Vaccination in Burma 1889-1999 - 1889-1999
Year: 1889
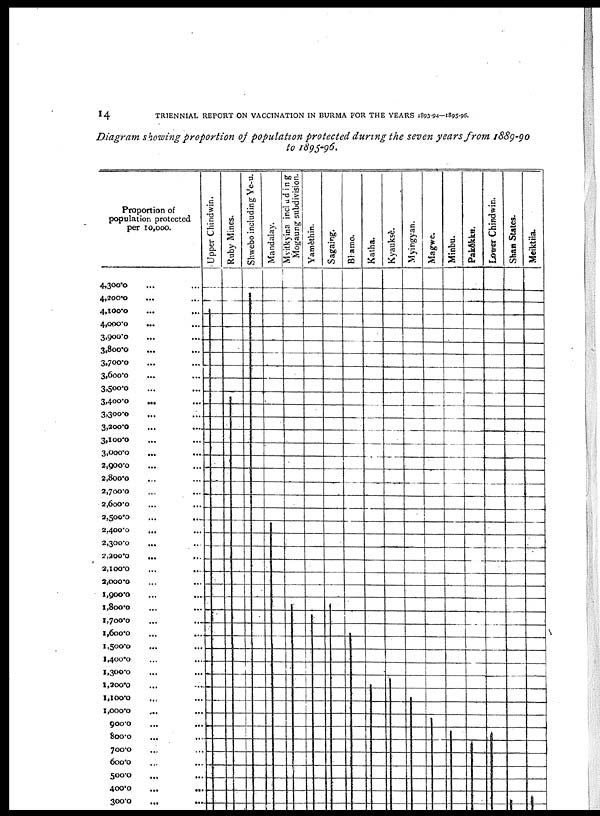
14
TRIENNIAL REPORT ON VACCINATION IN BURMA FOR THE YEARS 1893-94—1895-96.
Diagram showing proportion of population protected during the seven years from 1889-90
to 1895-96.